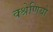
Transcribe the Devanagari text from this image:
क्श्रेणियो